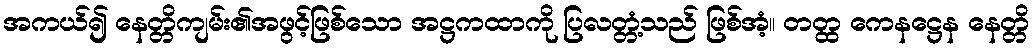
အကယ်၍ နေတ္တိကျမ်း၏အဖွင့်ဖြစ်သော အဋ္ဌကထာကို ပြလတ္တံ့သည် ဖြစ်အံ့။ တတ္ထ ကေနဋ္ဌေန နေတ္တိ